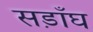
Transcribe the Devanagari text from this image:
सड़ाँघ